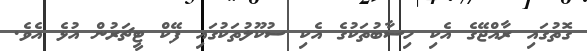
ގޮތުގައި ރާއްޖޭގެ އެކި ހިސާބުތަކުގެ އެކި ސުކޫލުތަކުގައި ފޭކް ޓީޗަރުން އުޅެ އެވެ.